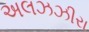
અલઝઝીરા